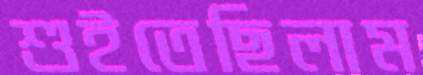
শুইতেছিলাম